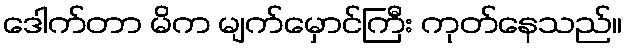
ဒေါက်တာ မိက မျက်မှောင်ကြီး ကုတ်နေသည်။